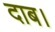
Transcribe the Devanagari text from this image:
दाब।